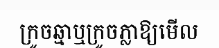
ក្រូចឆ្មាឬក្រូចភ្លាឱ្យមើល